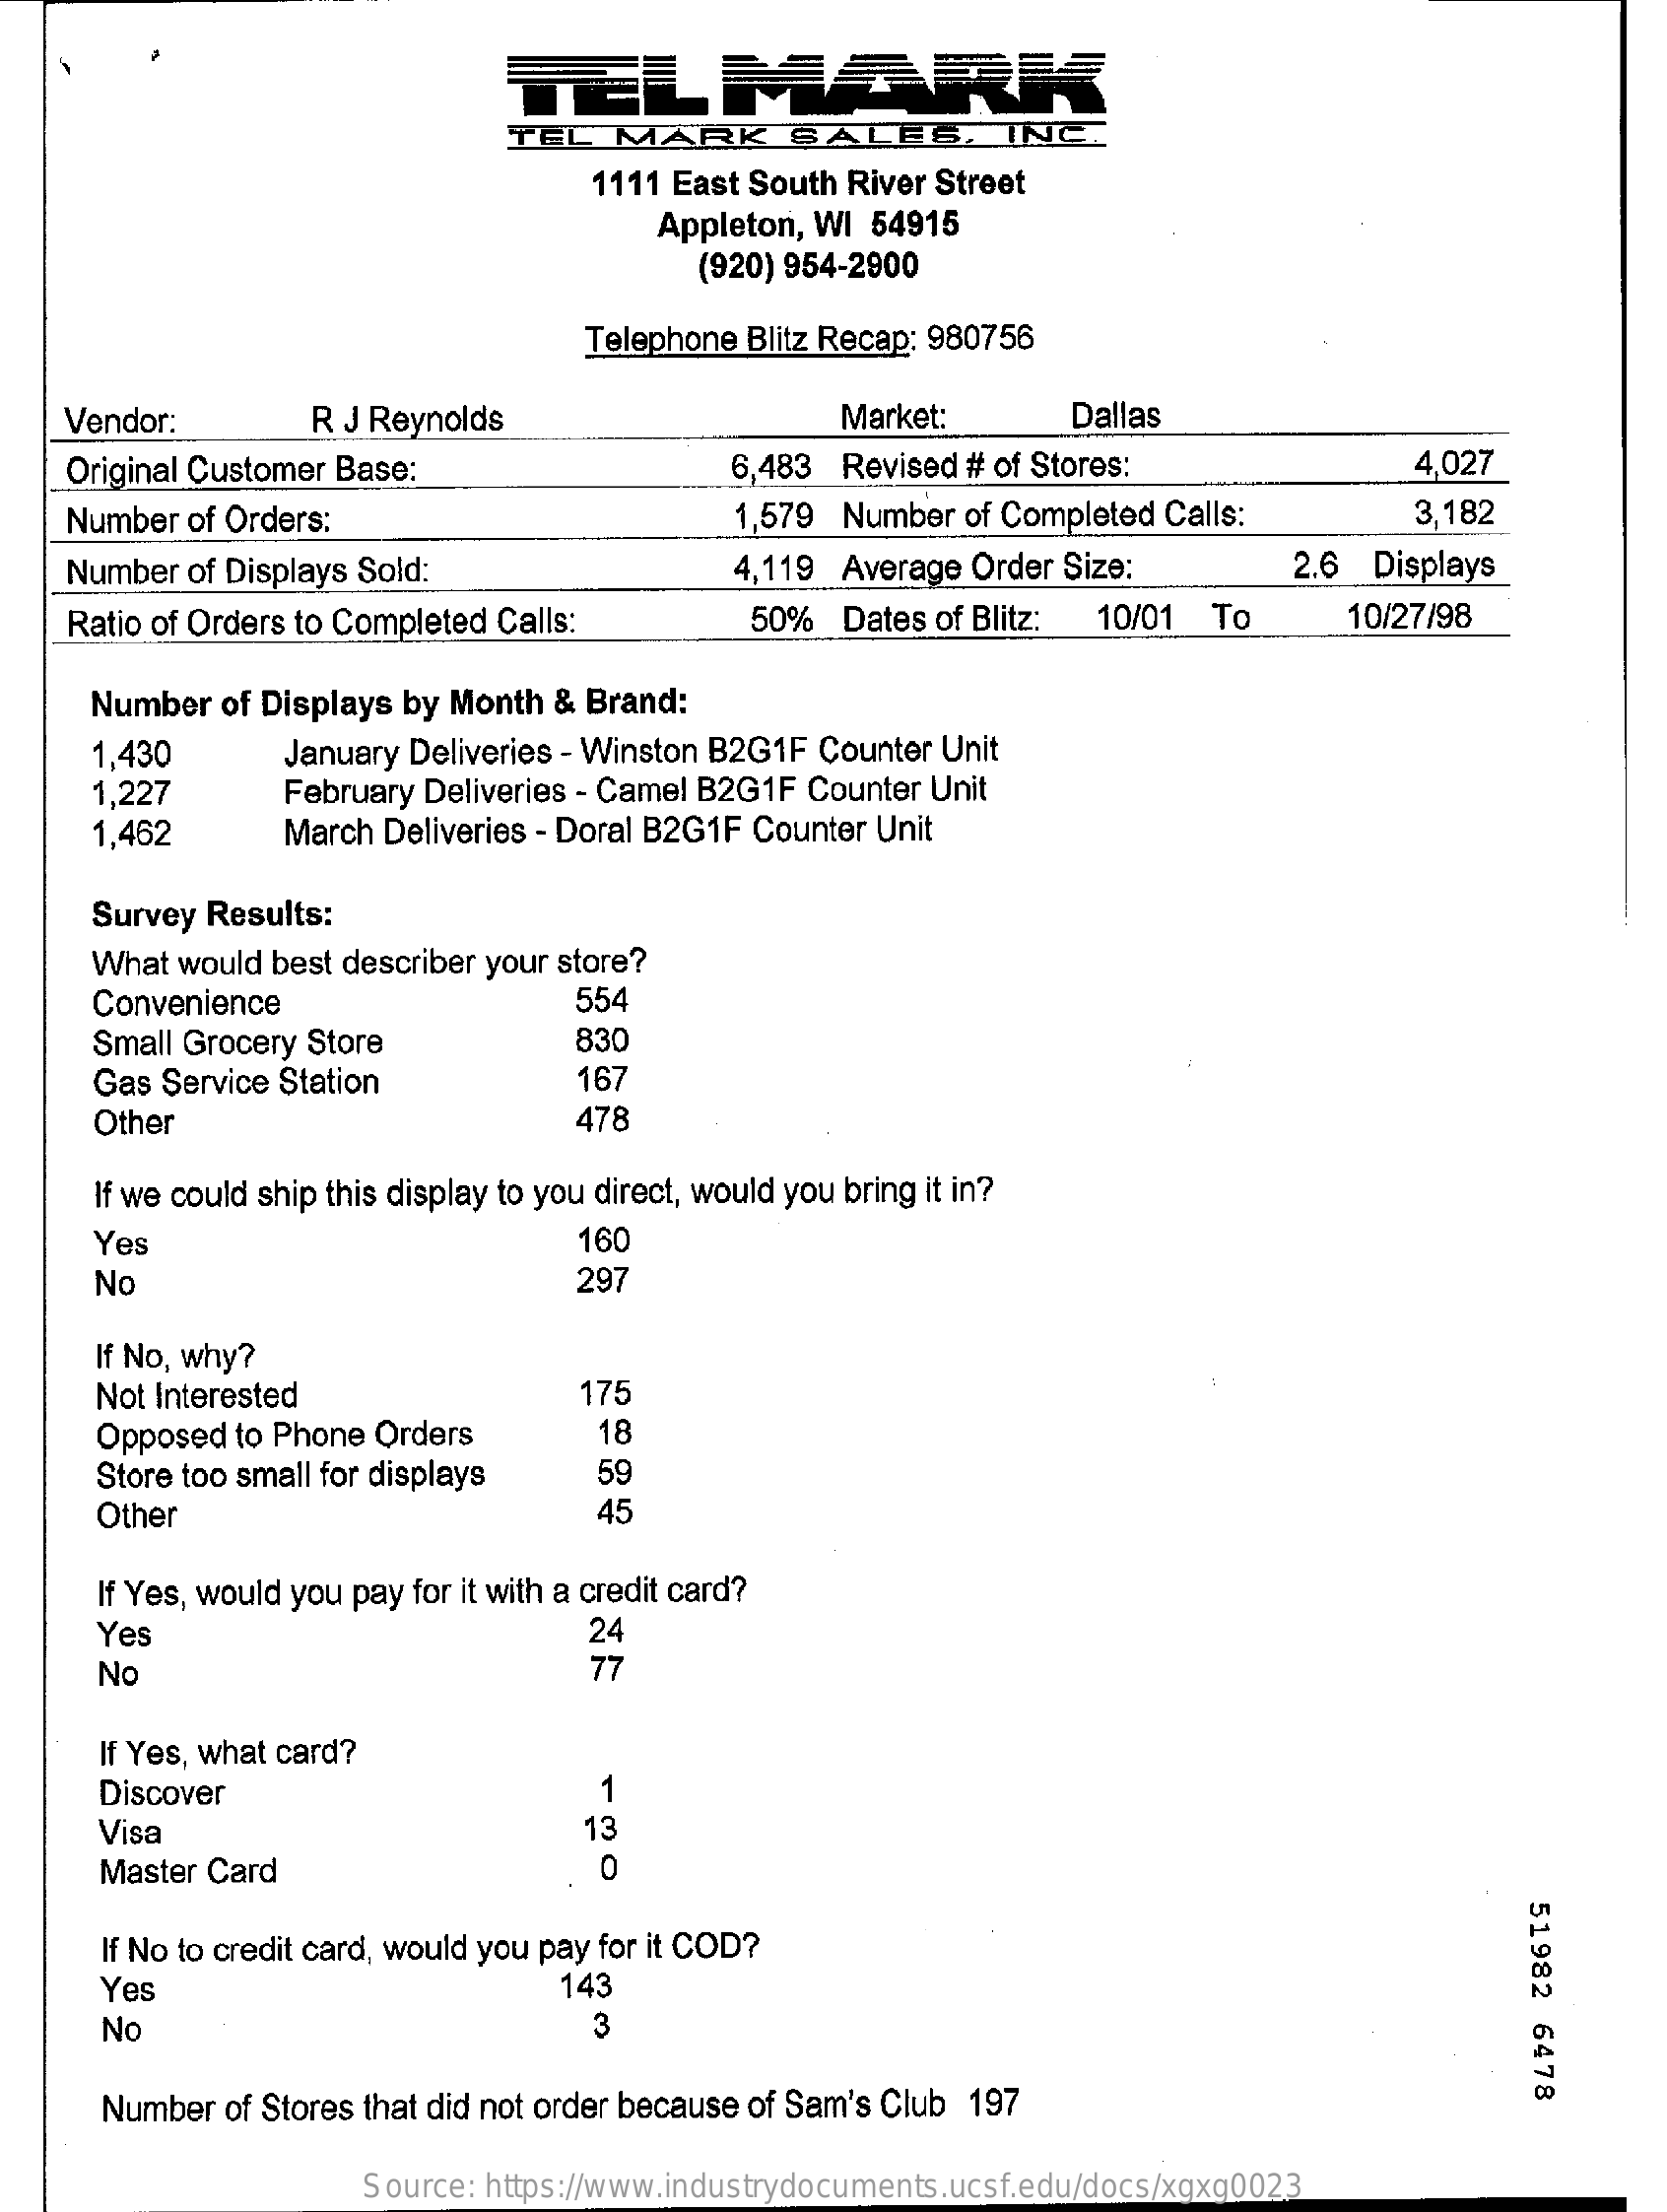
TEL    MARK
     TEL  MARK   SALES,    INC.
     1111 East South River Street
     Appleton, WI 54915
     (920) 954-2900
     Telephone Blitz Recap: 980756
   Vendor:    R J Reynolds    Market:   Dallas
   Original Customer Base:    6,483 Revised # of Stores:    4,027
   Number of Orders:    1,579 Number of Completed Calls: 3,182
   Number of Displays Sold:    4,119 Average Order Size: 2.6 Displays
   Ratio of Orders to Completed Calls: 50% Dates of Blitz: 10/01 To 10/27/98
    Number of Displays by Month & Brand:
    1,430    January Deliveries - Winston B2G1F Counter Unit
     1,227   February Deliveries - Camel B2G1F Counter Unit
    1,462    March Deliveries - Doral B2G1F Counter Unit
    Survey Results:
    What would best describer your store?
    Convenience    554
    Small Grocery Store  830
    Gas Service Station  167
     Other    478
    If we could ship this display to you direct, would you bring it in?
    Yes    160
    No    297
     If No, why?
    Not Interested    175
     Opposed to Phone Orders 18
     Store too small for displays 59
     Other    45
     If Yes, would you pay for it with a credit card?
     Yes    24
     No    77
     If Yes, what card?
     Discover    1
     Visa    13
     Master Card
     51982
     6478
     If No to credit card, would you pay for it COD?
     Yes    143
     No    3
     Number of Stores that did not order because of Sam's Club 197
     Source: https://www.industrydocuments.ucsf.edu/docs/xgxg0023